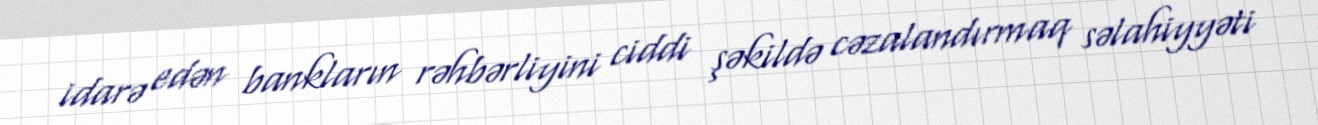
idarə edən bankların rəhbərliyini ciddi şəkildə cəzalandırmaq səlahiyyəti